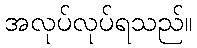
အလုပ်လုပ်ရသည်။